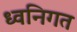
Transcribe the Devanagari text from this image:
ध्वनिगत